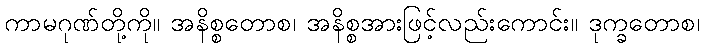
ကာမဂုဏ်တို့ကို။ အနိစ္စတောစ၊ အနိစ္စအားဖြင့်လည်းကောင်း။ ဒုက္ခတောစ၊